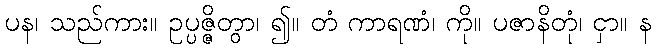
ပန၊ သည်ကား။ ဥပ္ပဇ္ဇိတွာ၊ ၍။ တံ ကာရဏံ၊ ကို။ ပဇာနိတုံ၊ ငှာ။ န